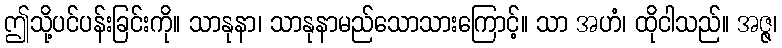
ဤသို့ပင်ပန်းခြင်းကို။ သာနုနာ၊ သာနုနာမည်သောသားကြောင့်။ သာ အဟံ၊ ထိုငါသည်။ အဇ္ဇ၊